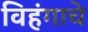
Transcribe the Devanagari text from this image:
विहंगाचे